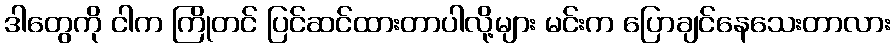
ဒါတွေကို ငါက ကြိုတင် ပြင်ဆင်ထားတာပါလို့များ မင်းက ပြောချင်နေသေးတာလား